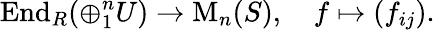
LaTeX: \operatorname{End}_{R}(\oplus_{1}^{n}U)\to\operatorname{M}_{n}(S),\quad f\mapsto(f_{ij}).